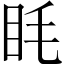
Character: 眊